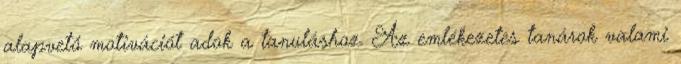
alapvető motivációt adok a tanuláshoz. Az emlékezetes tanárok valami